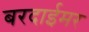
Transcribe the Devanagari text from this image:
बरदाईमर